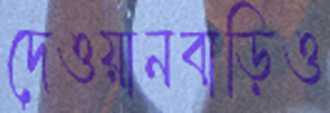
দেওয়ানবাড়িও